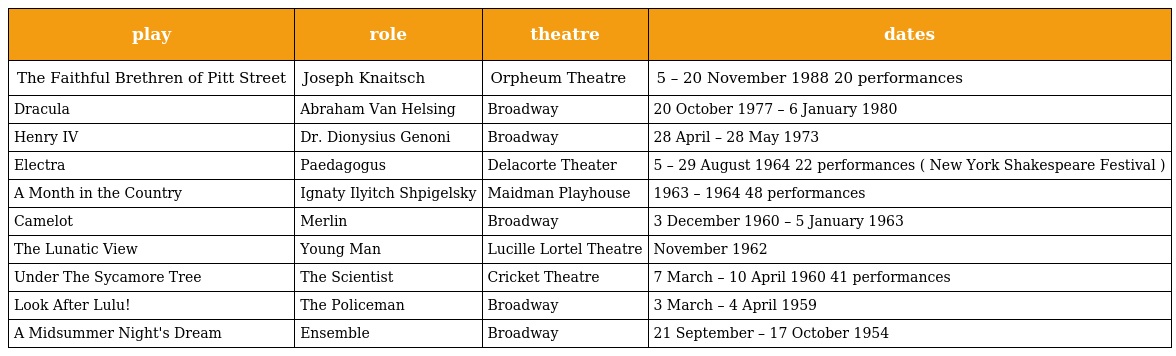
| play | role | theatre | dates |
 | --- | --- | --- | --- |
 | The Faithful Brethren of Pitt Street | Joseph Knaitsch | Orpheum Theatre | 5 – 20 November 1988 20 performances |
 | Dracula | Abraham Van Helsing | Broadway | 20 October 1977 – 6 January 1980 |
 | Henry IV | Dr. Dionysius Genoni | Broadway | 28 April – 28 May 1973 |
 | Electra | Paedagogus | Delacorte Theater | 5 – 29 August 1964 22 performances ( New York Shakespeare Festival ) |
 | A Month in the Country | Ignaty Ilyitch Shpigelsky | Maidman Playhouse | 1963 – 1964 48 performances |
 | Camelot | Merlin | Broadway | 3 December 1960 – 5 January 1963 |
 | The Lunatic View | Young Man | Lucille Lortel Theatre | November 1962 |
 | Under The Sycamore Tree | The Scientist | Cricket Theatre | 7 March – 10 April 1960 41 performances |
 | Look After Lulu! | The Policeman | Broadway | 3 March – 4 April 1959 |
 | A Midsummer Night's Dream | Ensemble | Broadway | 21 September – 17 October 1954 |